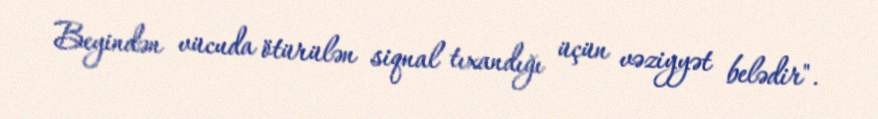
Beyindən vücuda ötürülən siqnal tıxandığı üçün vəziyyət belədir".